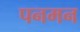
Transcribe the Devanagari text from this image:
पनमन